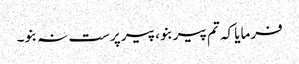
فرمایا کہ تم پیر بنو، پیر پرست نہ بنو۔